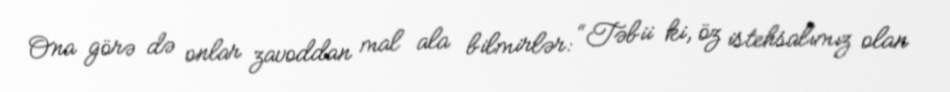
Ona görə də onlar zavoddan mal ala bilmirlər: “Təbii ki, öz istehsalımız olan